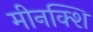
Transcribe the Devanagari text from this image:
मीनक्शि